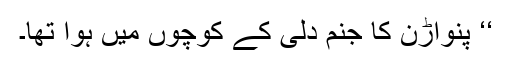
‘‘ پنواڑن کا جنم دلی کے کوچوں میں ہوا تھا۔